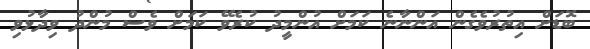
ބޮޑަށް އިތުރުވެގެން އަންނާނެ ކަމަށް އުންމީދު ކުރެވޭ ކަމަށް ވެސް މުންދު ވިދާޅުވި